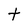
Character: t